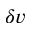
\delta v